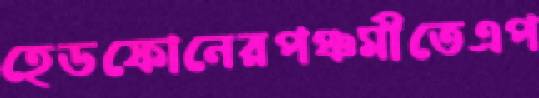
হেডফোনেরপঞ্চমীতেএপ